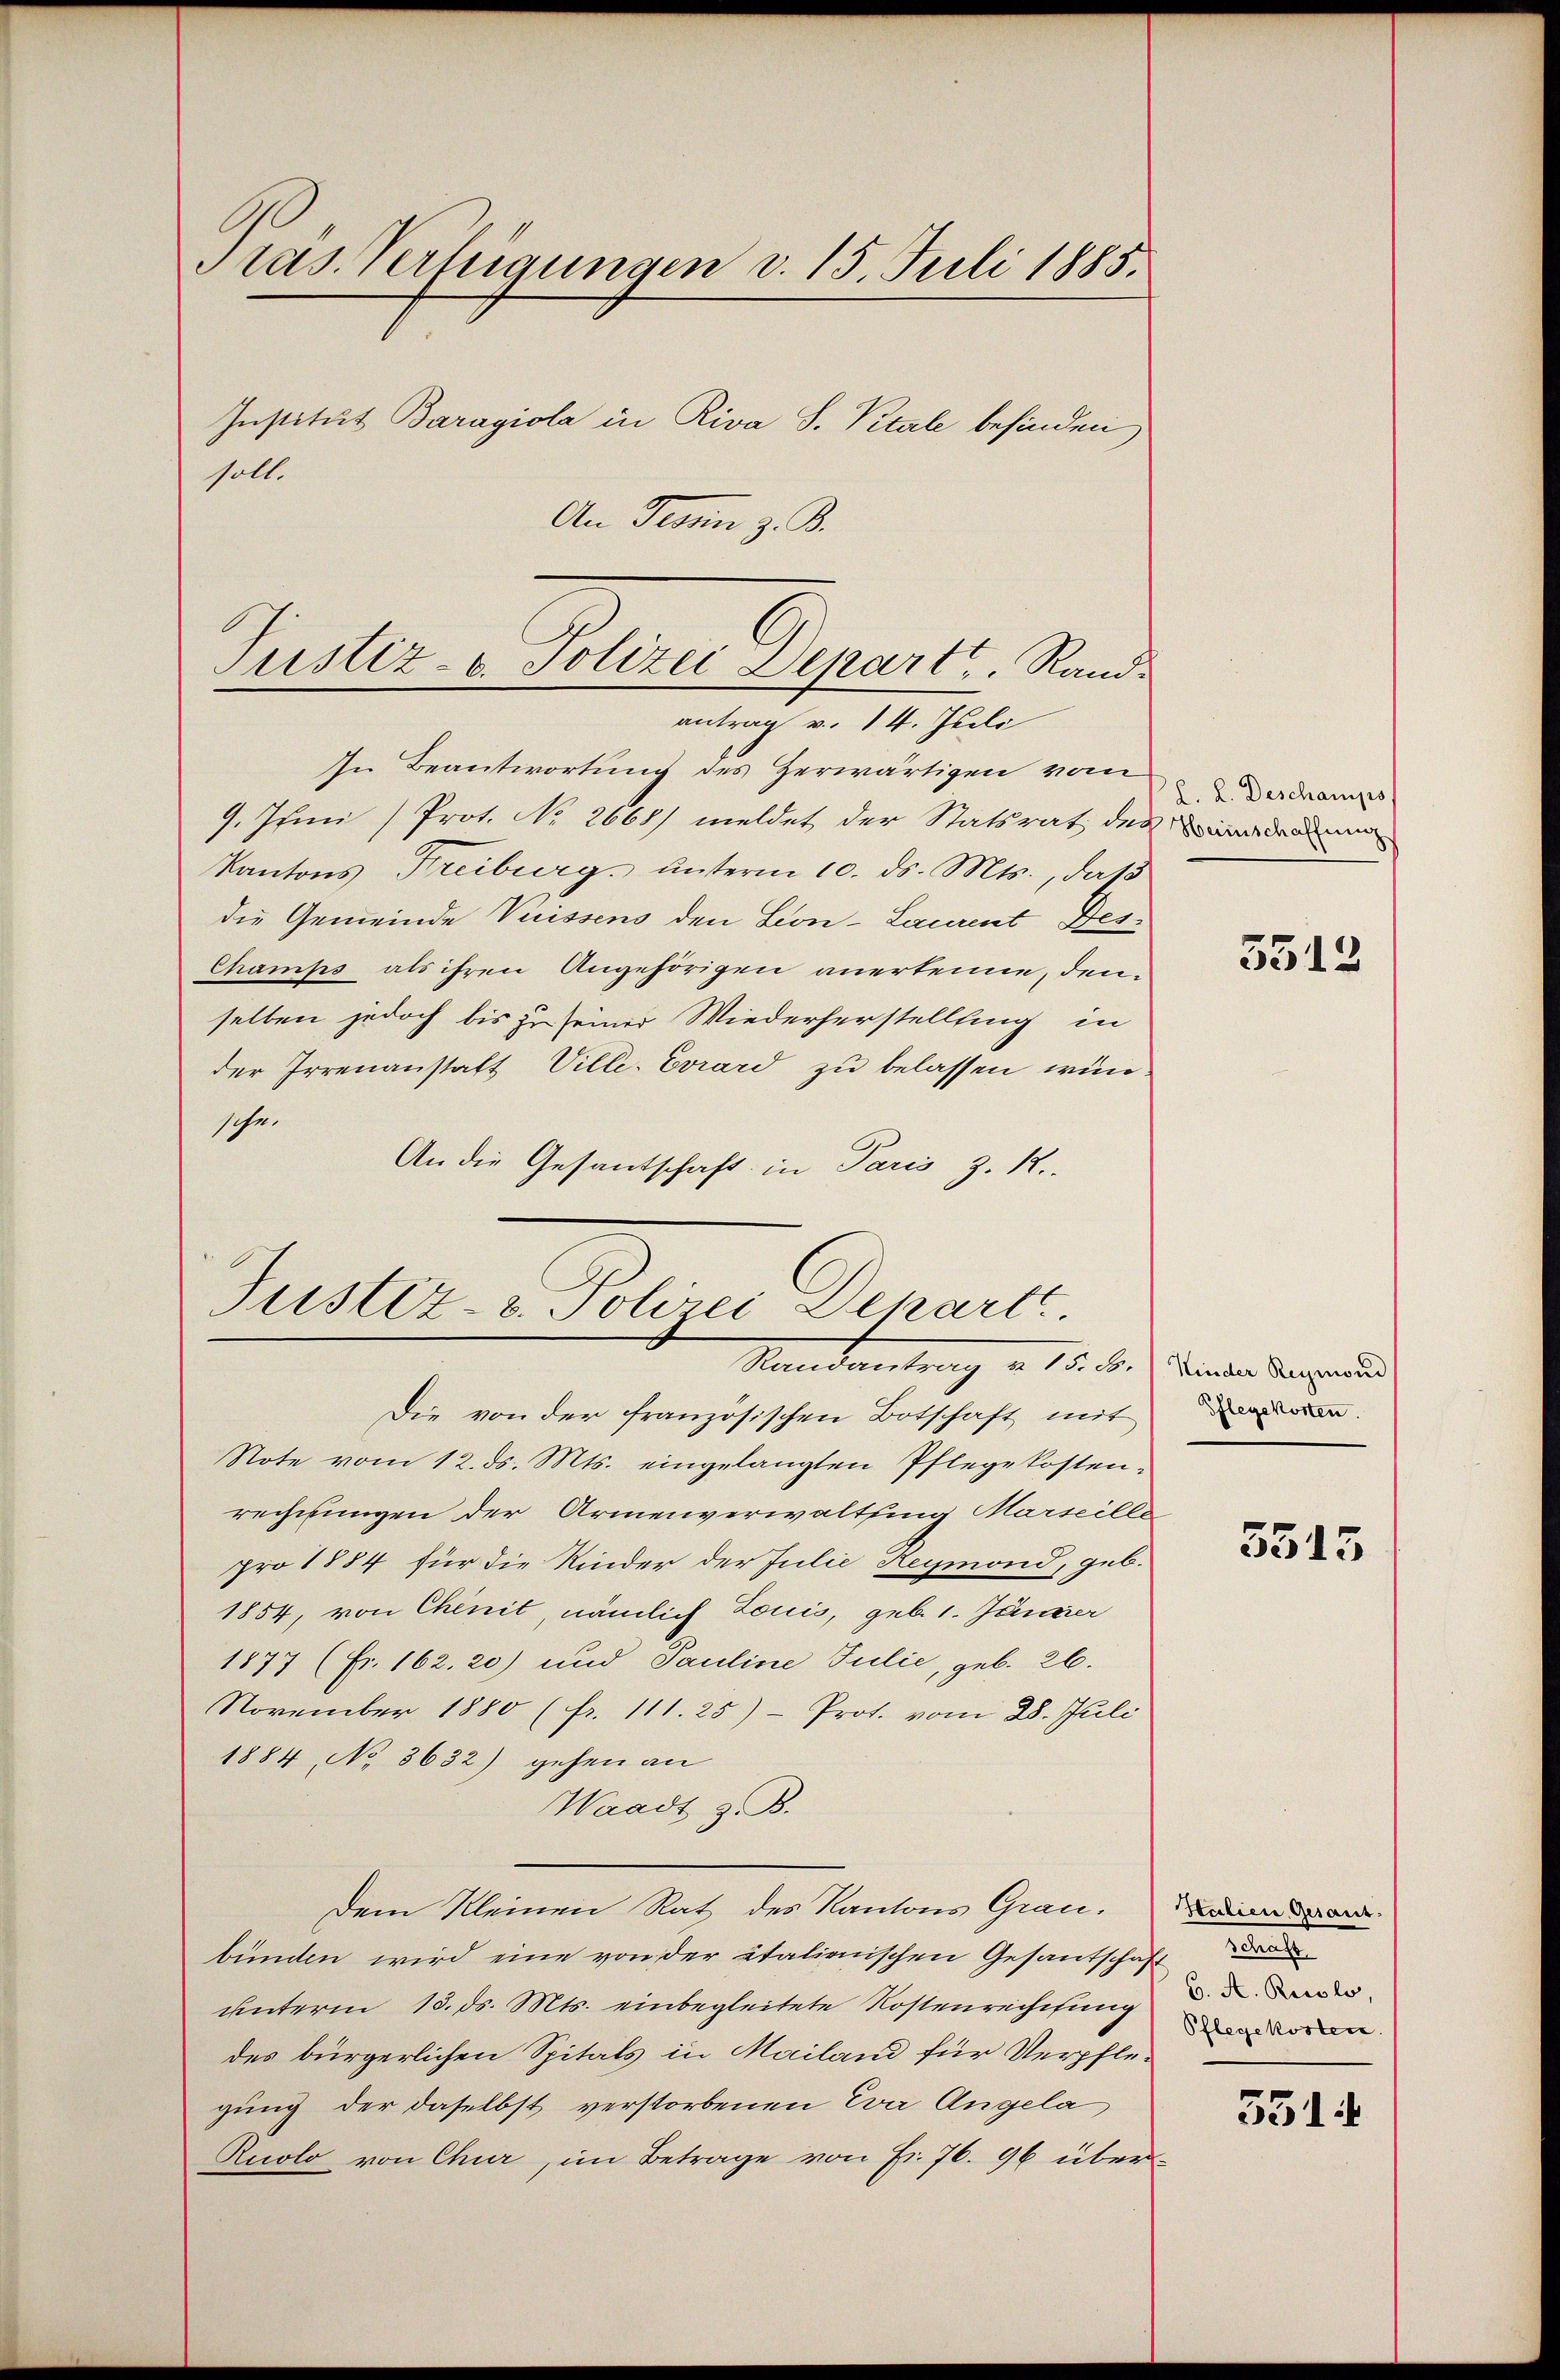
Pras. Verfügungen v. 15. Juli 1885.
Institut Baragiola in Riva S. Vitale befinden
soll.
An Fronn z. B.

In Beantwortung des Zerwärtigen vom
9. Inn (Prot. No 2668) meldet der Statsrat des der
Kantons Freiburg. ŭnterm 10. ds. Mts., dass
die Gemeinde Vuissens den Lon-Laurent Des¬
Champs als ihren Angehörigen anerkenne, denselben jedoch bis zu seiner Wiederherstellling in
der Irrenanstatt Ville. Evrard zu belassen wünsche.
An die Gesantschaft in Paris z. R.

Pustiz- u. Polizei Depart, Randantrag v. 14. Juli

Justiz- u. Polizei Departe.
Standentrag u. 15. b.) Wieder angewand

l. L. Deschamps

Die von der französischen Botschaft mit den
Note vom 12. ds. Mts. eingelangten Pflegekostenrechnungen der Armenverwaltung Marseille
pro 1884 für die Kinder der Julie Reymond, geb.
1854, von Chenit, nämlich Louis, geb. 1. Jänner
1877 (Fr. 162. 20) und Pauline Julić, geb. 26.
November 1880 (fr. 111. 25) Prot. vom 28. Juli
1884, No 3632) gehen an
Waadt z. B.
Dem Kleinen Rat des Kantons Grau.
bunden wird eine von der italienischen Gesandschaft de
unterm 15. ds. Mts. einbegleitete Kostenreichung
des bürgerlichen Spitals in Mailand für Verpflegung der daselbst verstorbenen Eva Angela
Ruolo von Chur, im Betrage von Fr. 76. 96 über¬

3512

5515

Italien Gesanz
6. A. Ricolo.

551.